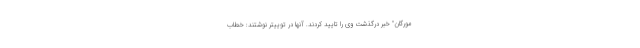
مورگان" خبر درگذشت وی را تایید کردند. آنها در توییتر نوشتند: خطاب